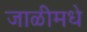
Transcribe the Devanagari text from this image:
जाळीमधे